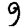
Digit: 9